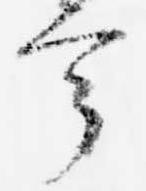
幸